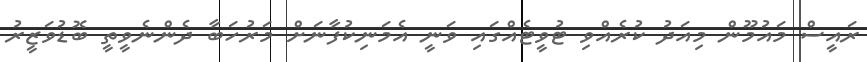
ރައީސް މައުމޫން މިއަދު ކުރެއްވި ޓުވީޓެއްގައި ވަނީ އެމަނިކުފާނަށް މަރުހަބާ ދެންނެވީތީ ބޮޑުވަޒީރު